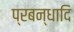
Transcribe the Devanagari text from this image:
प्रबन्धादि